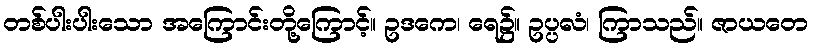
တစ်ပါးပါးသော အကြောင်းတို့ကြောင့်။ ဥဒကေ၊ ရေ၌။ ဥပ္ပလံ၊ ကြာသည်။ ဇာယတေ